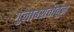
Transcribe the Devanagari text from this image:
गुलाबशेतीतून